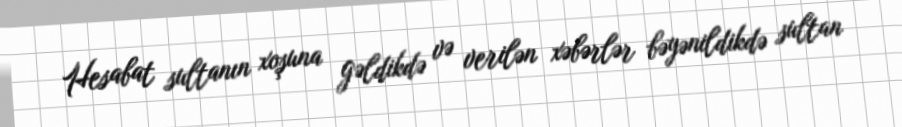
Hesabat sultanın xoşuna gəldikdə və verilən xəbərlər bəyənildikdə sultan